Document type: Acquittal of debt
Year: 1424
Scribe: Francesc de Casanoves
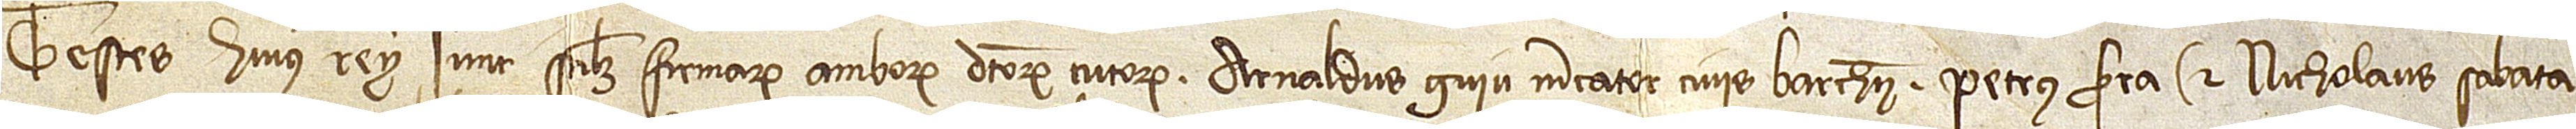
Testes huius rei sunt, scilicet, firmarum amborum dictorum tutorum: Arnaldus Guiu, mercator, civis Barchinone, Petrus Serra et Nicholaus Sabata,